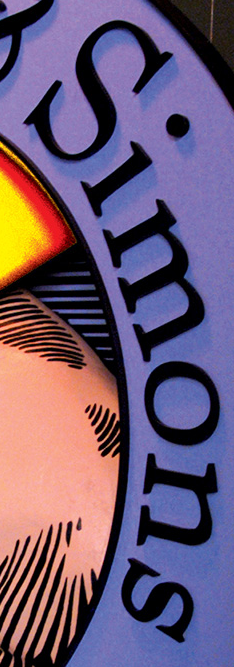
Simons